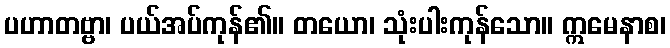
ပဟာတဗ္ဗာ၊ ပယ်အပ်ကုန်၏။ တယော၊ သုံးပါးကုန်သော။ ဣမေနာစ၊